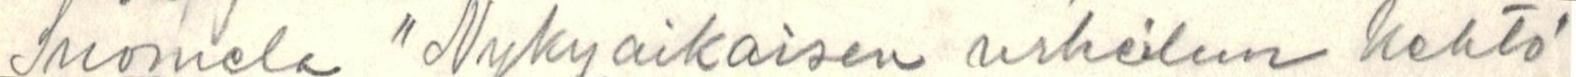
Suomela "Nykyaikaisen urheilun kehto"